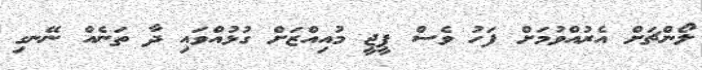
ލޯންޗަށް އެރުއްވުމަށް ފަހު ވެސް ޕީޖީ މުއިއްޒަށް ގުޅުއްވައި ދާ ތަނެއް ނޭނގި